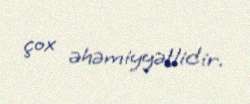
çox əhəmiyyətlidir.